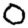
Digit: 0